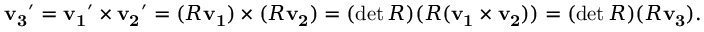
\mathbf { v _ { 3 } } ^ { \prime } = \mathbf { v _ { 1 } } ^ { \prime } \times \mathbf { v _ { 2 } } ^ { \prime } = ( R \mathbf { v _ { 1 } } ) \times ( R \mathbf { v _ { 2 } } ) = ( \operatorname* { d e t } R ) ( R ( \mathbf { v _ { 1 } } \times \mathbf { v _ { 2 } } ) ) = ( \operatorname* { d e t } R ) ( R \mathbf { v _ { 3 } } ) .